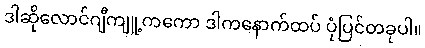
ဒါဆိုလောင်ဂျီကျူ့ကကော ဒါကနောက်ထပ် ပုံပြင်တခုပါ။